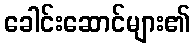
ခေါင်းဆောင်များ၏